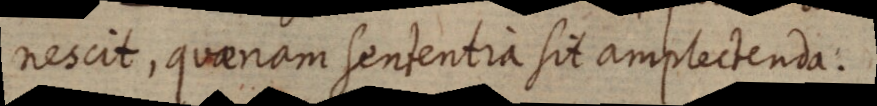
nescit, quaenam sententia sit amplectenda.